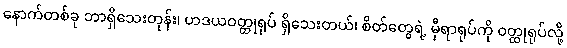
နောက်တစ်ခု ဘာရှိသေးတုန်း၊ ဟဒယဝတ္ထုရုပ် ရှိသေးတယ်၊ စိတ်တွေရဲ့ မှီရာရုပ်ကို ဝတ္ထုရုပ်လို့